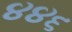
૪૪૬